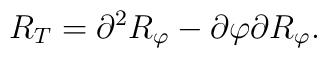
R_T=\partial^2R_\varphi-\partial\varphi\partial R_\varphi.